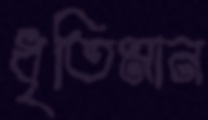
ধৃতিমান